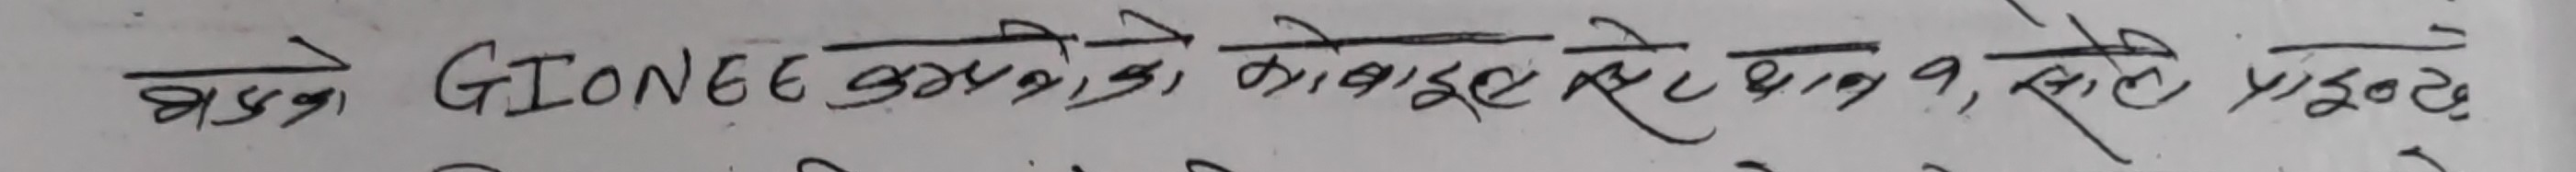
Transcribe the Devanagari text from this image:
आज GIONEE कंपनी के मोबाइल बेचे, से पूछे